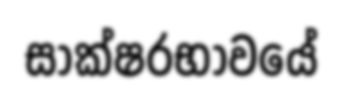
සාක්ෂරභාවයේ